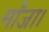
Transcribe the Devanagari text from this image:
माँजा।